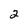
Character: 2